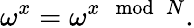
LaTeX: \omega^{x}=\omega^{x\mod N}.